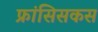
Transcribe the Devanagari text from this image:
फ्रांसिसकस